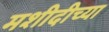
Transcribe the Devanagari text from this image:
मशीदीच्या